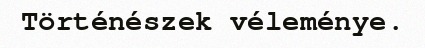
Történészek véleménye.